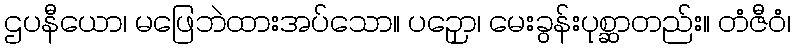
ဌပနီယော၊ မဖြေဘဲထားအပ်သော။ ပဉှော၊ မေးခွန်းပုစ္ဆာတည်း။ တံဇီဝံ၊